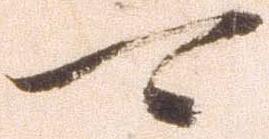
可